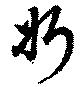
斨